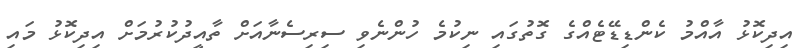
އިދިކޮޅު އާއްމު ކެންޑިޑޭޓެއްގެ ގޮތުގައި ނިކުމެ ހުންނެވި ސިރިސެނާއަށް ތާއީދުކުރުމަށް އިދިކޮޅު މައި